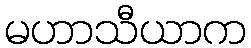
မဟာသီယာက